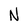
Character: N